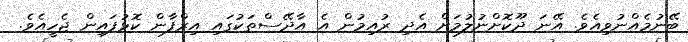
ބޭނުމެއްނުވިއެވެ. އޭނަ ދޫކޮށްނުލުމަށް އެދި ރުއިމުން އެ އާދޭސްތަކުގައި އިރްފާން ކޮޅުފައިން ޖެހީއެވެ.